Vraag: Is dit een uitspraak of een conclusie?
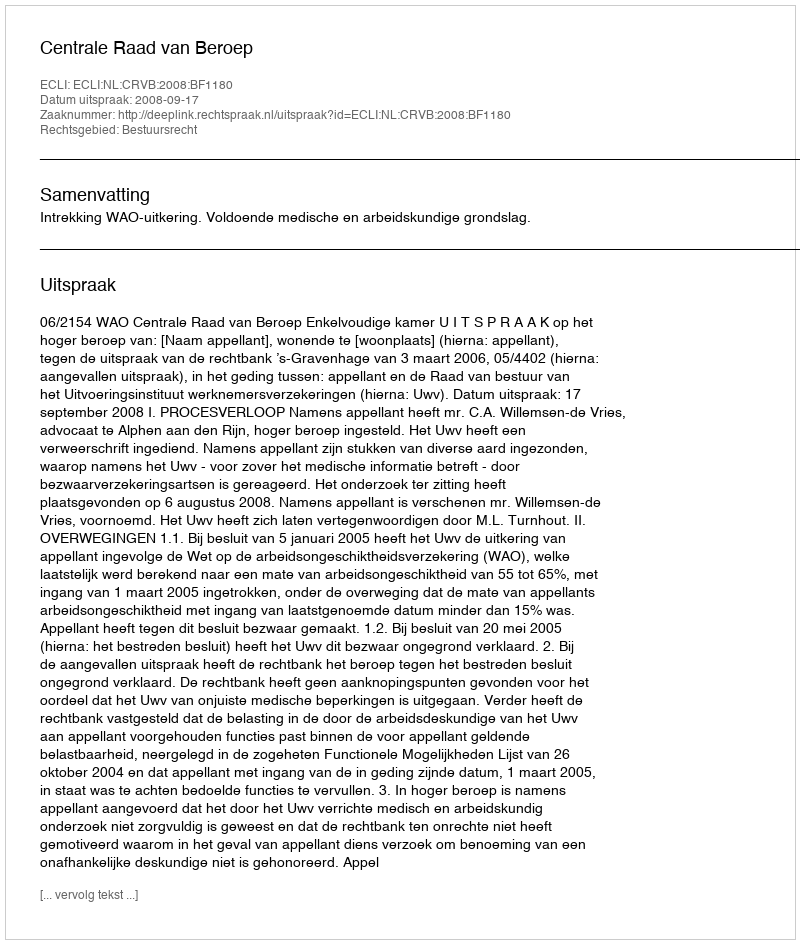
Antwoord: Uitspraak